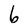
Character: 6